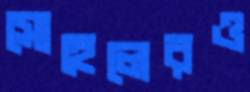
সোহেলেরও